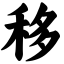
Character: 移